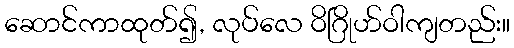
ဆောင်ကာထုတ်၍, လုပ်လေ ဝိဂြိုဟ်ဝါကျတည်း။